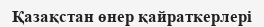
Қазақстан өнер қайраткерлері